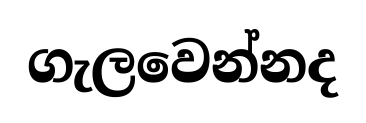
ගැලවෙන්නද